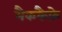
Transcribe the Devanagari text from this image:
मैककैफ्रे